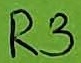
Text: R3